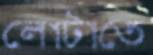
লোটাতে